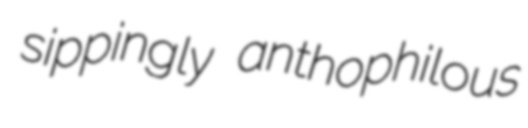
sippingly anthophilous